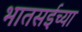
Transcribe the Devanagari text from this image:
भातसईच्या